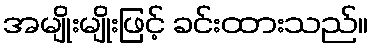
အမျိုးမျိုးဖြင့် ခင်းထားသည်။